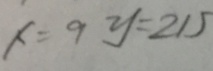
x = 9 y = 2 1 5